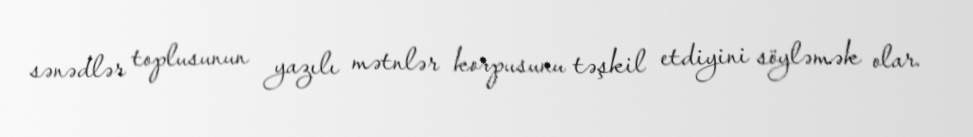
sənədlər toplusunun yazılı mətnlər korpusunu təşkil etdiyini söyləmək olar.